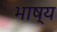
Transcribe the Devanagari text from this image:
भाष्‍य